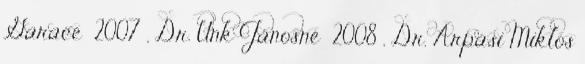
Garace 2007 , Dr. Unk Jánosné 2008 , Dr. Árpási Miklós